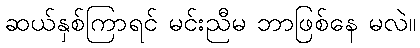
ဆယ်နှစ်ကြာရင် မင်းညီမ ဘာဖြစ်နေ မလဲ။